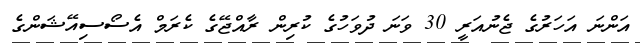
އަންނަ އަހަރުގެ ޖެނުއަރީ 30 ވަނަ ދުވަހުގެ ކުރިން ރާއްޖޭގެ ކެރަމް އެސޯސިއޭޝަންގެ